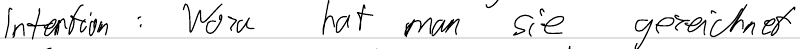
Intention: Wozu hat man sie gezeichnet